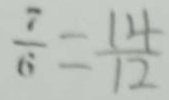
\frac { 7 } { 6 } = \frac { 1 4 } { 1 2 }